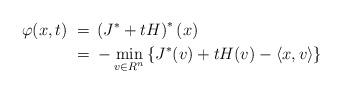
LaTeX: \begin{align*} \varphi(x,t) \;=\;& \left( J^* + t H \right)^*(x) \\ \;=\; & -\min_{v\in R^{n}} \left\{ J^*(v) + tH(v) - \langle x,v \rangle\right\} \end{align*}